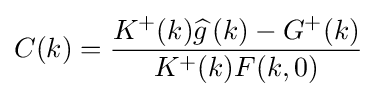
C(k)={\frac {K^{+}(k){\widehat {g\,}}(k)-G^{+}(k)}{K^{+}(k)F(k,0)}}